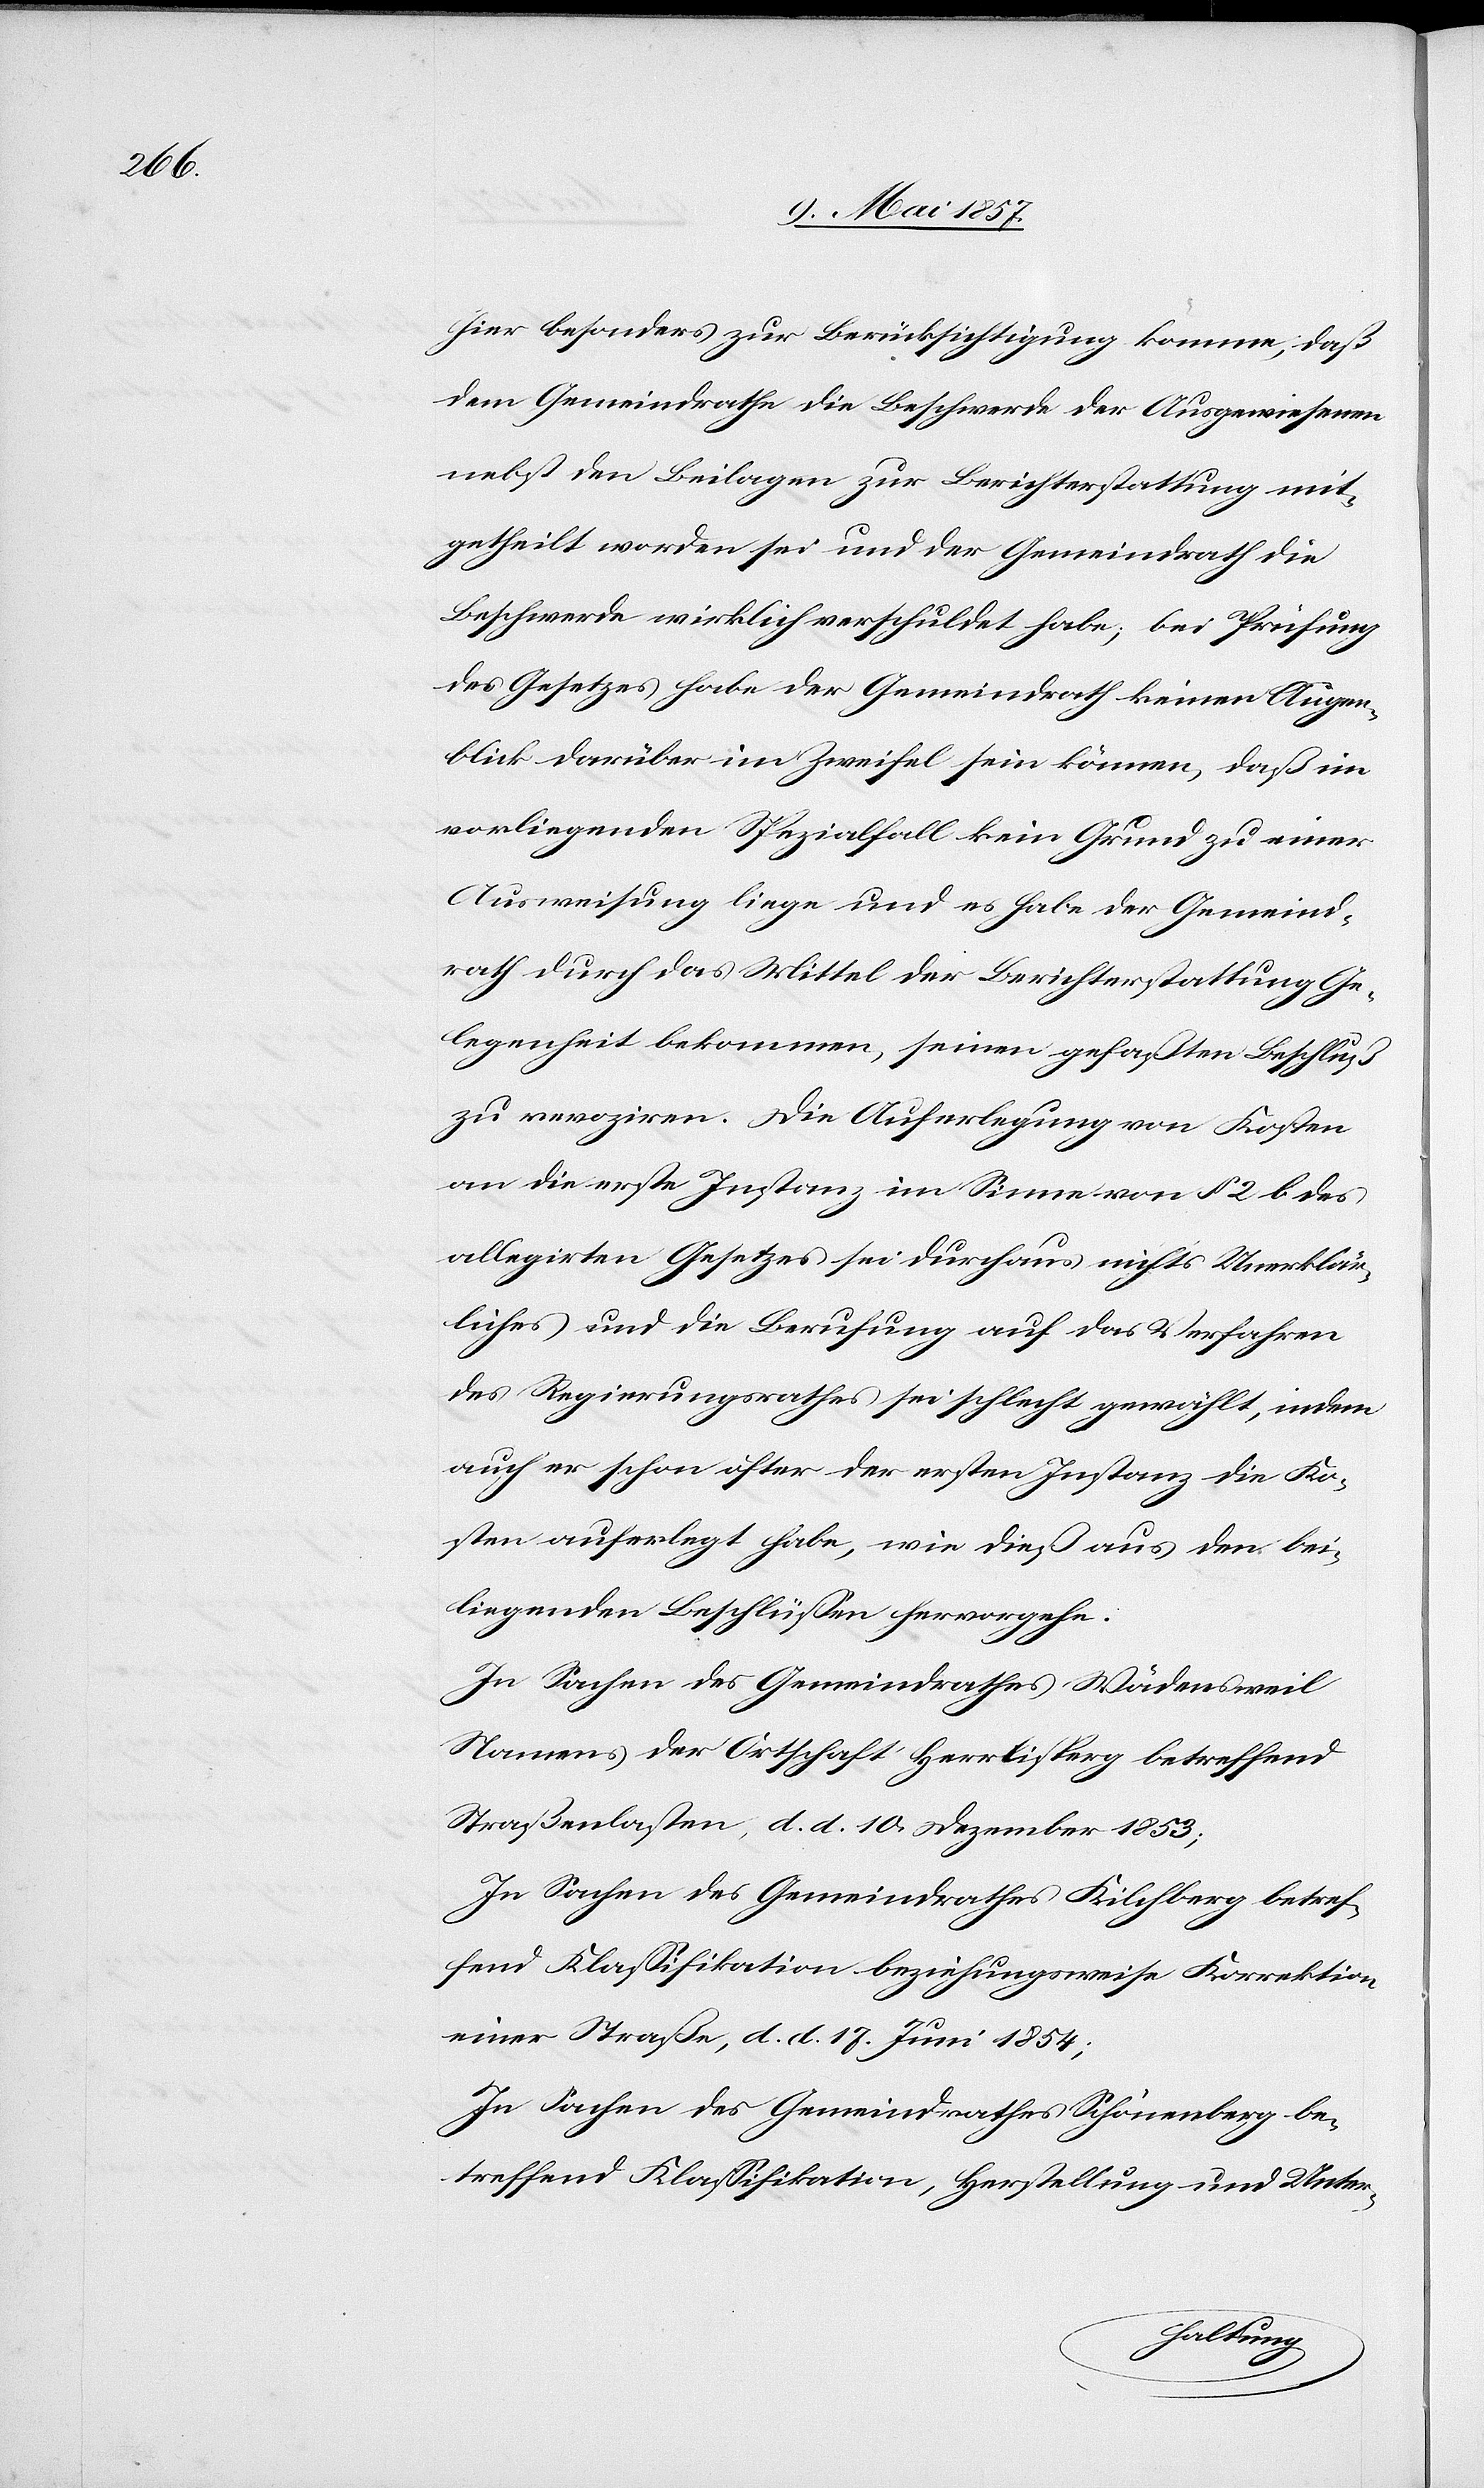
hier besonders zur Berücksichtigung komme, daß
dem Gemeindrathe die Beschwerde der Ausgewiesenen
nebst den Beilagen zur Berichterstattung mit¬
getheilt worden sei und der Gemeindrath die
Beschwerde wirklich verschuldet habe, bei Prüfung
des Gesetzes habe der Gemeindrath keinen Augen¬
blick darüber im Zweifel sein können, daß im
vorliegenden Spezialfall kein Grund zu einer
Ausweisung liege und es habe der Gemeind¬
rath durch das Mittel der Berichterstattung Ge¬
legenheit bekommen, seinen gefaßten Beschluß
zu revoziren. Die Auferlegung von Kosten
an die erste Instanz im Sinne von § 2 b des
allegirten Gesetzes sei durchaus nichts Unerklär¬
liches und die Berufung auf das Verfahren
des Regierungsrathes sei schlecht gewählt, indem
auch er schon öfter der ersten Instanz die Ko¬
sten auferlegt habe, wie dieß aus den bei¬
liegenden Beschlüssen hervorgehe.
In Sachen des Gemeindrathes Wädensweil
Namens der Ortschaft Herrliberg betreffend
Straßenlasten, d. d. 10 Dezember 1853;
In Sachen des Gemeindrathes Kilchberg betref¬
fend Klassifikation beziehungsweise Korrektion
einer Straße, d. d. 17 Juni 1854;
In Sachen des Gemeindrathes Schönenberg be¬
treffend Klassifikation, Herstellung und Unter-